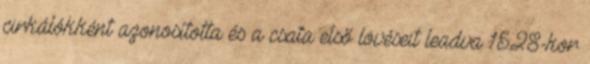
cirkálókként azonosította és a csata első lövéseit leadva 15:28-kor